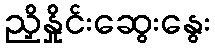
ညှိနှိုင်းဆွေးနွေး